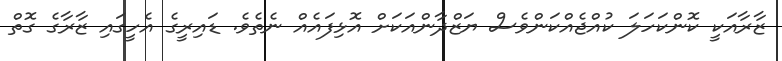
ޒާރާއަކީ ކޮންކަހަލަ ކުުުއްޖެއްކަންވެސް ޔަޒްދާންއަކަށް އޮޅިފައެއް ނެތެވެ. ޑައިރީގެ އެހީގައި ޒާރާގެ ގޮތް